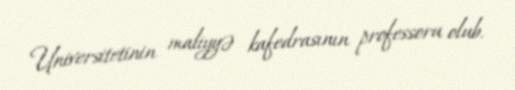
Universitetinin maliyyə kafedrasının professoru olub.